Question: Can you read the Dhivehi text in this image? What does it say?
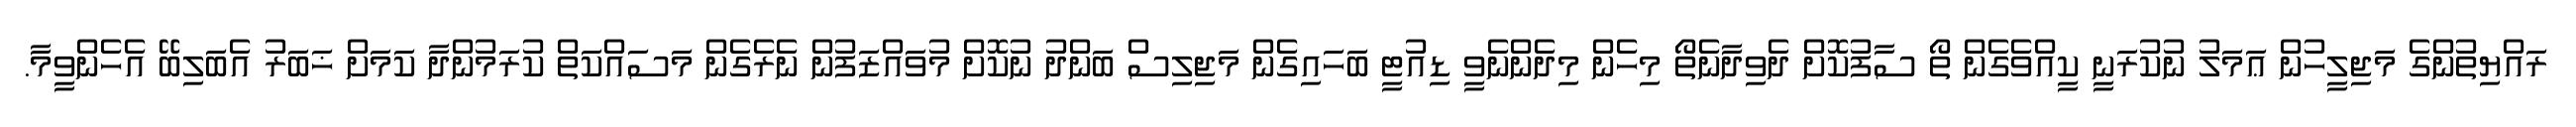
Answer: ރައްޔިތުންގެ މަޖިލީހުން ޢަމަލު ނުކުރަނީ ކީއްވެގެން ތޯ ސާފުކޮށް ދެވިދާނެތޯ މިހެން މިދެންނެވީ ޑިއުޓީ ބަހައިގެން މަޖިލިސް ބަންދު ނުކޮށް މުވައްޒަފުން ނެރެގެން މަސައްކަތް ކުރަމުންދާ ކަމަށް ޚަބަރު އެބަލިބޭ އެހެންވީމާ.